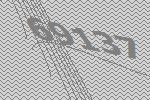
69137